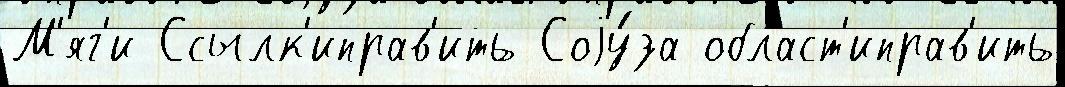
М'яг'и Ссылк'иправ'ить Соjу́за област'иправ'ить